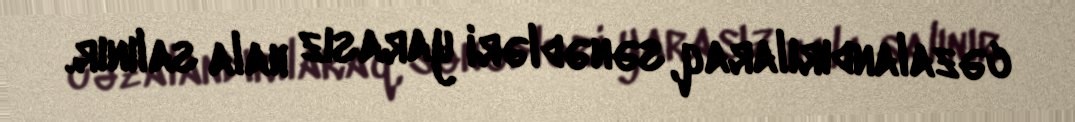
cəzalandırılaraq, sənədləri yarasız hala salınır.